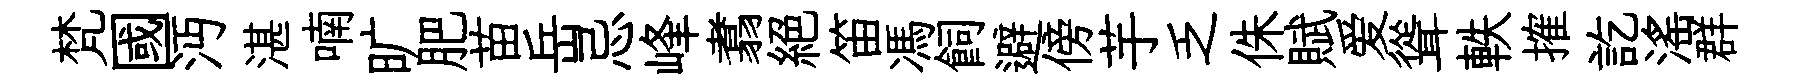
梵國沔湛喃旷肥苗岳忌峰翥絶笛馮飼避傍芋乏侏賦爱聳軼搉訖滛群